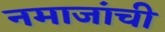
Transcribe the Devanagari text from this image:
नमाजांची